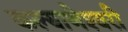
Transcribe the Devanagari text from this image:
कल्‍याणेश्‍वरी